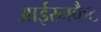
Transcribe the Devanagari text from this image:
आईरनकैट